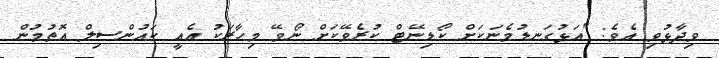
ވިދާޅުވި އެވެ: "އަޅުގަނޑުމެނަކަށް ކޯޑިނޭޓް ކުރެވޭކަށް ނޯވޭ މިހާރަކު އެއީ ކައުންސިލް އޮތުމުން